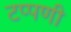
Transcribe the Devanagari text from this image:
टप्पणी